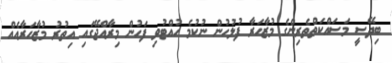
ބިދޭސީ މަސައްކަތްތެރިންގެ މުޒާހަރާ ފުލުހުން ނުކުމެ ހުއްޓުވި ފަހުން މިރާއްޖޭގައި އިތުރު މުޒާހަރާއެއް